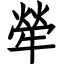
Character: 犖